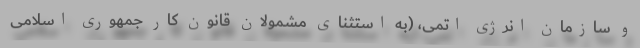
و سازمان انرژی اتمی، (به استثنای مشمولان قانون کار جمهوری اسلامی